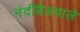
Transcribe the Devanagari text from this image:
नंदीबैलवाले